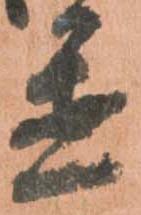
置